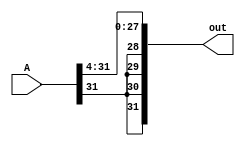
module ars4bit(A, out);

input [31:0] A;
output [31:0] out; 

assign out[27:0] = A[31:4];
assign out[31] = A[31]; 
assign out[30] = A[31]; 
assign out[29] = A[31]; 
assign out[28] = A[31];


endmodule